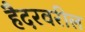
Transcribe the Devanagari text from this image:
हैदरवरील